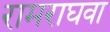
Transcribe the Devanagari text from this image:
रामराघवा